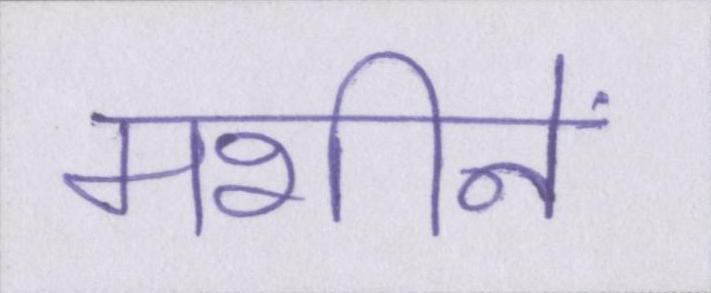
मशीनें